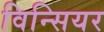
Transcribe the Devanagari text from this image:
विन्सियर